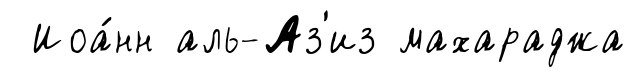
Иоа́нн аль-Аз'из махараджа